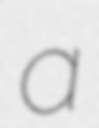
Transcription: a